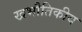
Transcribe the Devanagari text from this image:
खभौतिकीय